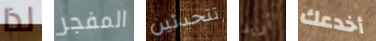
لذا المفجر تتحدثين أريد أخدعك